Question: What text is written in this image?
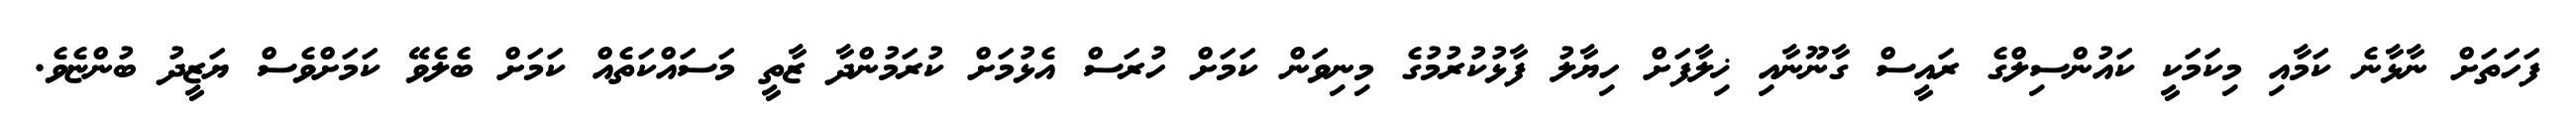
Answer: ފަހަތަށް ނާޅާނެ ކަމާއި މިކަމަކީ ކައުންސިލްގެ ރައީސް ގާނޫނާއި ޚިލާފަށް ހިޔާލު ފާޅުކުރުމުގެ މިނިވަން ކަމަށް ހުރަސް އެޅުމަށް ކުރަމުންދާ ޒާތީ މަސައްކަތެއް ކަމަށް ބެލެވޭ ކަމަށްވެސް ޔަޒީދު ބުންޏެވެ.